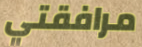
مرافقتي